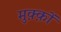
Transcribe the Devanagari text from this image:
मुक़्क़ों